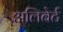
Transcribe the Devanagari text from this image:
अलिबेर्ट